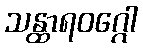
သန္ထာရဝဂ္ဂေါ